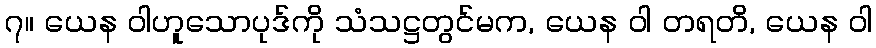
၇။ ယေန ဝါဟူသောပုဒ်ကို သံသဋ္ဌတွင်မက, ယေန ဝါ တရတိ, ယေန ဝါ